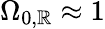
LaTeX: \Omega_{0,\mathbb{R}}\approx1